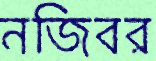
নজিবর